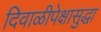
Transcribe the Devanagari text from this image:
दिवाळीपेक्षासुद्धा